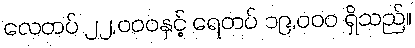
လေတပ် ၂၂,၀၀၀နှင့် ရေတပ် ၁၉,၀၀၀ ရှိသည်။